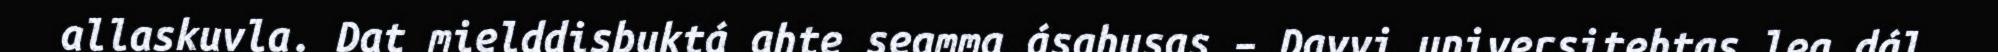
allaskuvla. Dat mielddisbuktá ahte seamma ásahusas – Davvi universitehtas lea dál